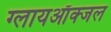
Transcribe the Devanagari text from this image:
ग्लायऑक्जल